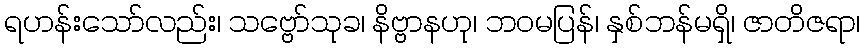
ရဟန်းသော်လည်း၊ သဗ္ဗော်သုခ၊ နိဗ္ဗာနဟု၊ ဘဝမပြန်၊ နှစ်ဘန်မရှိ၊ ဇာတိဇရာ၊